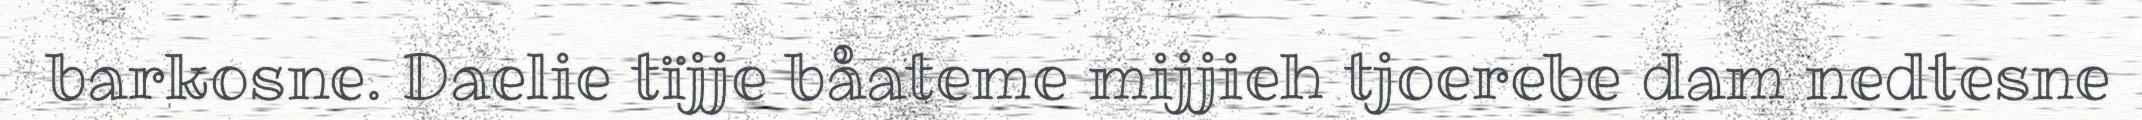
barkosne. Daelie tïjje båateme mijjieh tjoerebe dam nedtesne